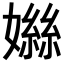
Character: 𪦤